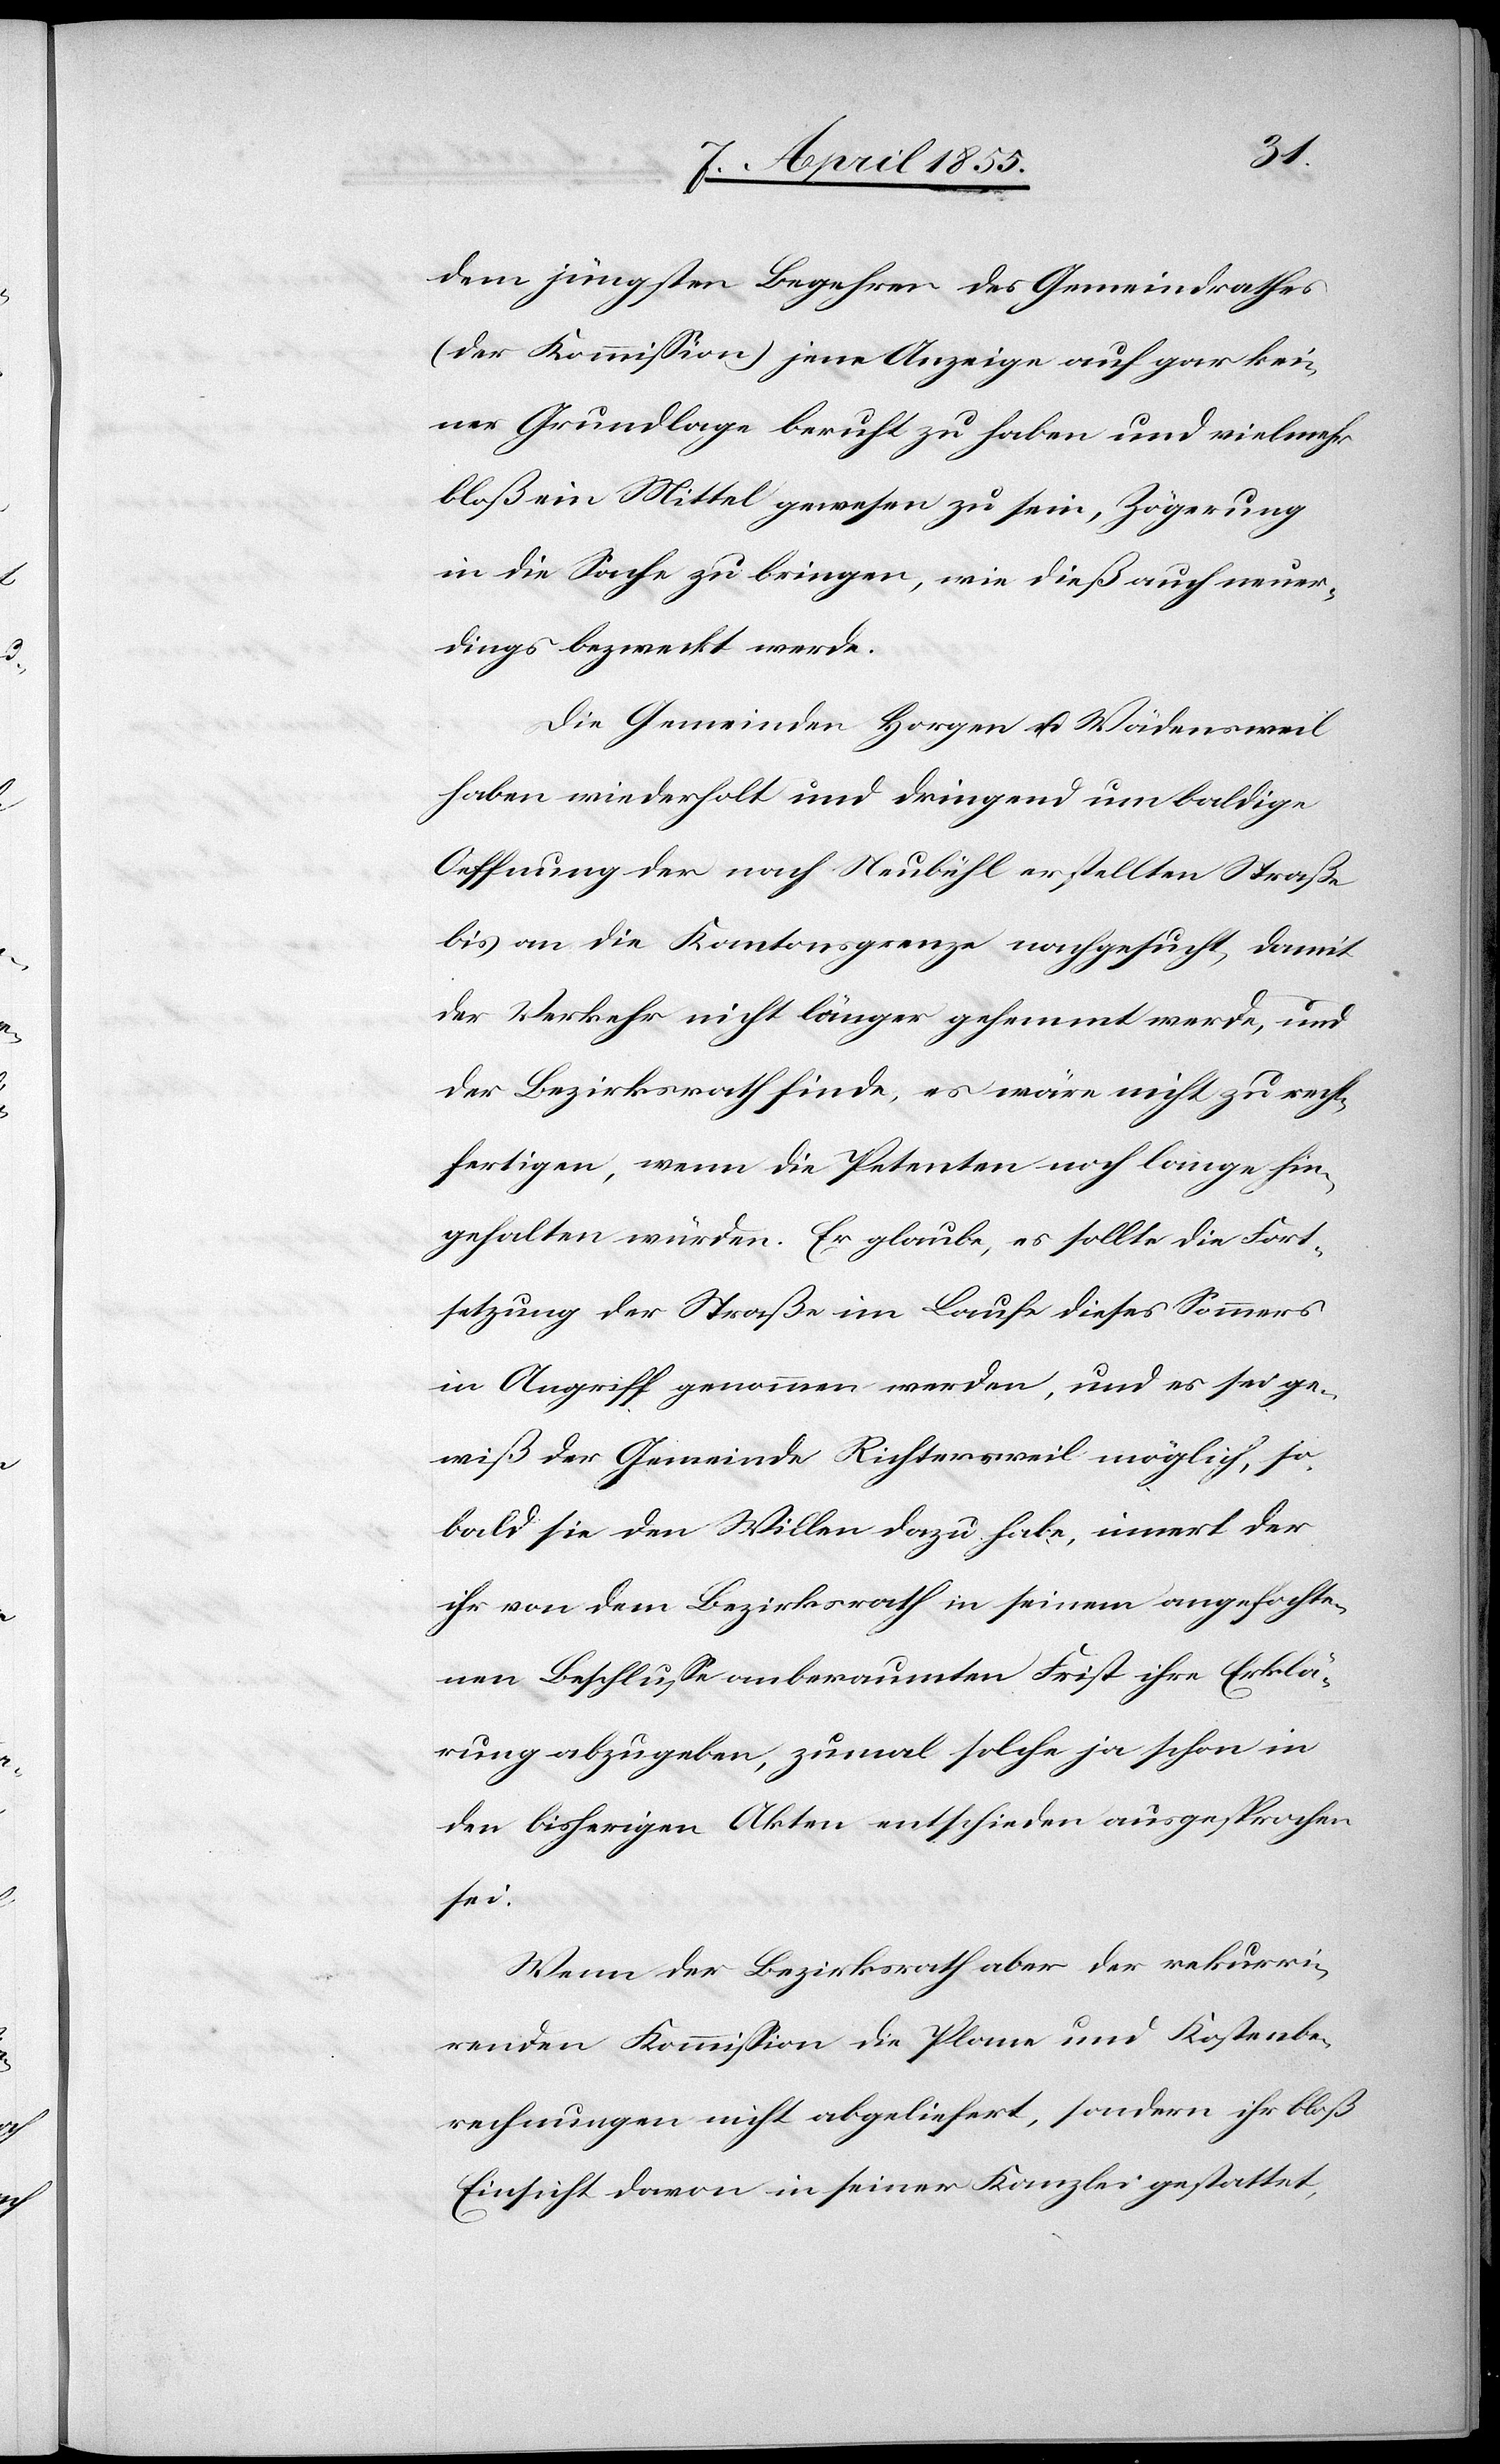
dem jünsten Begehren des Gemeindrathes
(der Kommission) jene Anzeige auf gar kei¬
ner Grundlage beruht zu haben und vielmehr
bloß ein Mittel gewesen zu sein, Zögerung
in die Sache zu bringen, wie dieß auch neuer¬
dings bezweckt werde.
Die Gemeinden Horgen u. Wädensweil
haben wiederholt und dringend um baldige
Oeffnung der nach Neubühl erstellten Straße
bis an die Kantonsgrenze nachgesucht, damit
der Verkehr nicht länger gehemmt werde, und
der Bezirksrath finde, es wäre nicht zu recht¬
fertigen, wenn die Petenten noch lange hin¬
gehalten würden. Er glaube, es sollte die Fort¬
setzung der Straße im Laufe dieses Sommers
in Angriff genommen werden, und es sei ge¬
wiß der Gemeinde Richtersweil möglich, so¬
bald sie den Willen dazu habe, innert der
ihr von dem Bezirksrath in seinem angefochte¬
nen Beschlusse anberaumten Frist ihre Erklä¬
rung abzugeben, zumal solche ja schon in
den bisherigen Akten entschieden ausgesprochen
sei.
Wenn der Bezirksrath aber der rekurri¬
renden Kommission die Plane und Kostenbe¬
rechnungen nicht abgeliefert, sondern ihr bloß
Einsicht davon in seiner Kanzlei gestattet,